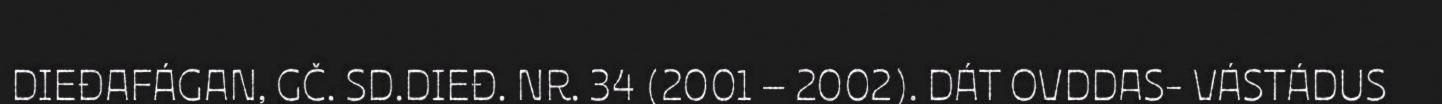
DIEĐAFÁGAN, GČ. SD.DIEĐ. NR. 34 (2001 – 2002). DÁT OVDDAS- VÁSTÁDUS